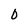
Character: 0